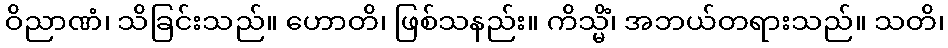
ဝိညာဏံ၊ သိခြင်းသည်။ ဟောတိ၊ ဖြစ်သနည်း။ ကိသ္မိံ၊ အဘယ်တရားသည်။ သတိ၊